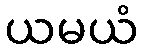
ယမယံ